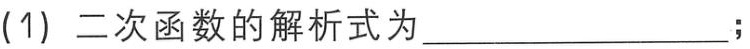
(1) 二次函数的解析式为________________；